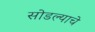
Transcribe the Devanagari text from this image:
सोडल्याचे